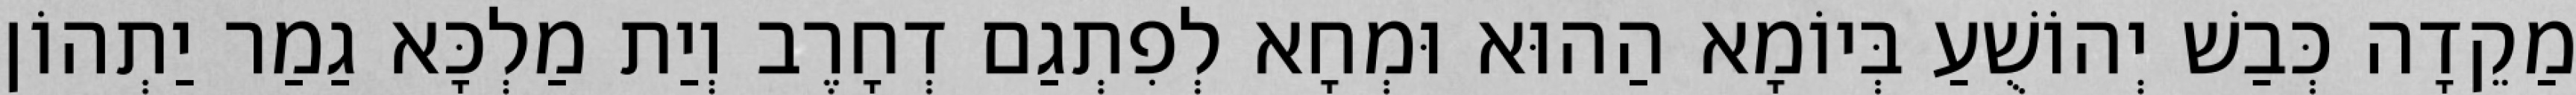
מַקֵדָה כְּבַשׁ יְהוֹשֻׁעַ בְּיוֹמָא הַהוּא וּמְחָא לְפִתְגַם דְחָרֶב וְיַת מַלְכָּא גַמַר יַתְהוֹן